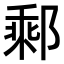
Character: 𨝄